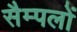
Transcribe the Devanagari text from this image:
सैम्पलों